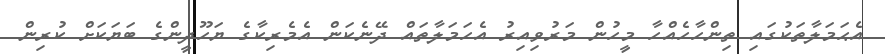
އެޙަމަލާތަކުގައި ތިންހާހެއްހާ މީހުން މަރުވިއިރު އެހަމަލާތައް ދޭނެކަން އެމެރިކާގެ ޔަހޫދީންގެ ބަޔަކަށް ކުރިން